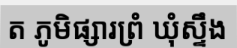
ត ភូមិផ្សារព្រំ ឃុំស្ទឹង